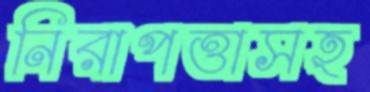
নিরাপত্তাসহ